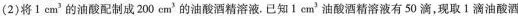
(2)将1cm^{3}的油酸配制成200cm^{3}的油酸酒精溶液。已知1cm_{3}油酸酒精溶液有50滴，现取1滴油酸酒